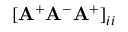
[ \mathbf { A } ^ { + } \mathbf { A } ^ { - } \mathbf { A } ^ { + } ] _ { i i }